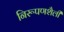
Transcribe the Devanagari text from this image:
निरूपणशैली